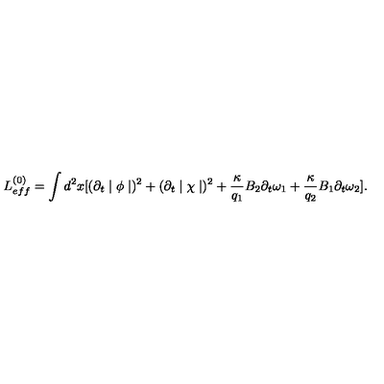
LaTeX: L _ { e f f } ^ { ( 0 ) } = \int d ^ { 2 } x [ ( \partial _ { t } \mid \phi \mid ) ^ { 2 } + ( \partial _ { t } \mid \chi \mid ) ^ { 2 } + \frac { \kappa } { q _ { 1 } } B _ { 2 } \partial _ { t } \omega _ { 1 } + \frac { \kappa } { q _ { 2 } } B _ { 1 } \partial _ { t } \omega _ { 2 } ] .